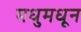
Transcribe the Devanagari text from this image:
मधुमधून